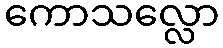
ကောသလ္လော